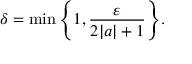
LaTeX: \delta = \operatorname* { m i n } { \left\{ 1 , { \frac { \varepsilon } { 2 | a | + 1 } } \right\} } .